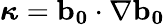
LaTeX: \boldsymbol{\kappa}=\mathbf{b_{0}}\cdot\nabla\mathbf{b_{0}}